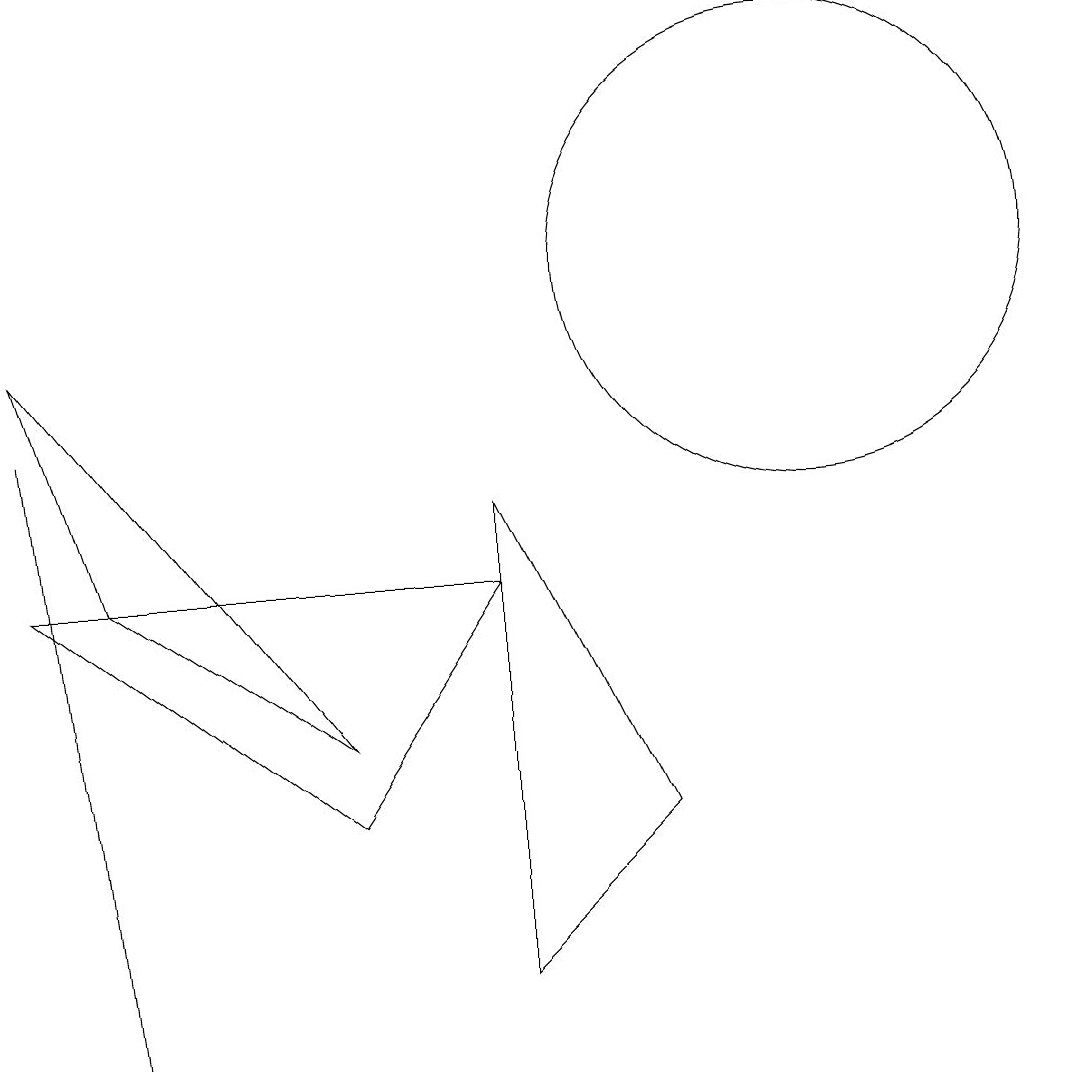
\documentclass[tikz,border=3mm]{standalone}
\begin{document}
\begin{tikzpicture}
\draw (0,9) -- (4,4) -- (1,6) -- cycle;
\draw (1,0) -- (1,0) -- (0,8) -- cycle;
\draw (6,6) -- (4,3) -- (0,6) -- cycle;
\draw (6,1) -- (6,7) -- (8,3) -- cycle;
\draw (10,10) circle (3);
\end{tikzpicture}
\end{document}